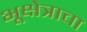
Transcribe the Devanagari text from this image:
भूक्षेत्राचा